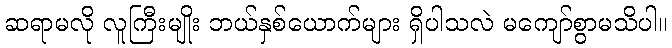
ဆရာမလို လူကြီးမျိုး ဘယ်နှစ်ယောက်များ ရှိပါသလဲ မကျော်စွာမသိပါ။